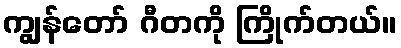
ကျွန်တော် ဂီတကို ကြိုက်တယ်။